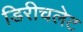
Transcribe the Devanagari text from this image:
डिरीचलेट